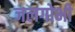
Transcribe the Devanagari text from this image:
जलगोभी